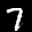
Label: 7